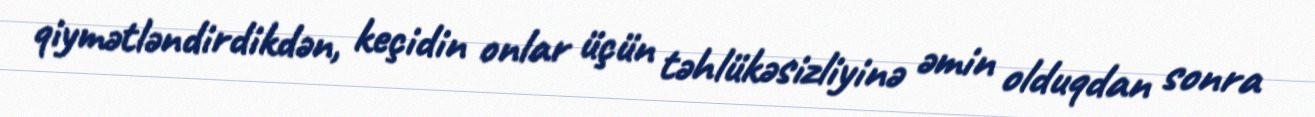
qiymətləndirdikdən, keçidin onlar üçün təhlükəsizliyinə əmin olduqdan sonra